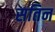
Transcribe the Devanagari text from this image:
सतिन